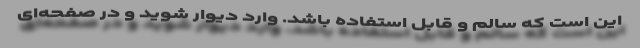
این است که سالم و قابل استفاده باشد. وارد دیوار شوید و در صفحه‌ای